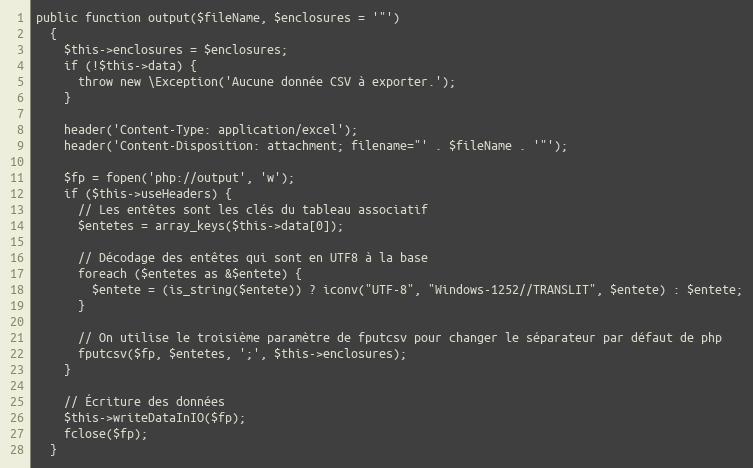
Language: PHP
public function output($fileName, $enclosures = '"')
  {
    $this->enclosures = $enclosures;
    if (!$this->data) {
      throw new \Exception('Aucune donnée CSV à exporter.');
    }

    header('Content-Type: application/excel');
    header('Content-Disposition: attachment; filename="' . $fileName . '"');

    $fp = fopen('php://output', 'w');
    if ($this->useHeaders) {
      // Les entêtes sont les clés du tableau associatif
      $entetes = array_keys($this->data[0]);

      // Décodage des entêtes qui sont en UTF8 à la base
      foreach ($entetes as &$entete) {
        $entete = (is_string($entete)) ? iconv("UTF-8", "Windows-1252//TRANSLIT", $entete) : $entete;
      }

      // On utilise le troisième paramètre de fputcsv pour changer le séparateur par défaut de php
      fputcsv($fp, $entetes, ';', $this->enclosures);
    }

    // Écriture des données
    $this->writeDataInIO($fp);
    fclose($fp);
  }